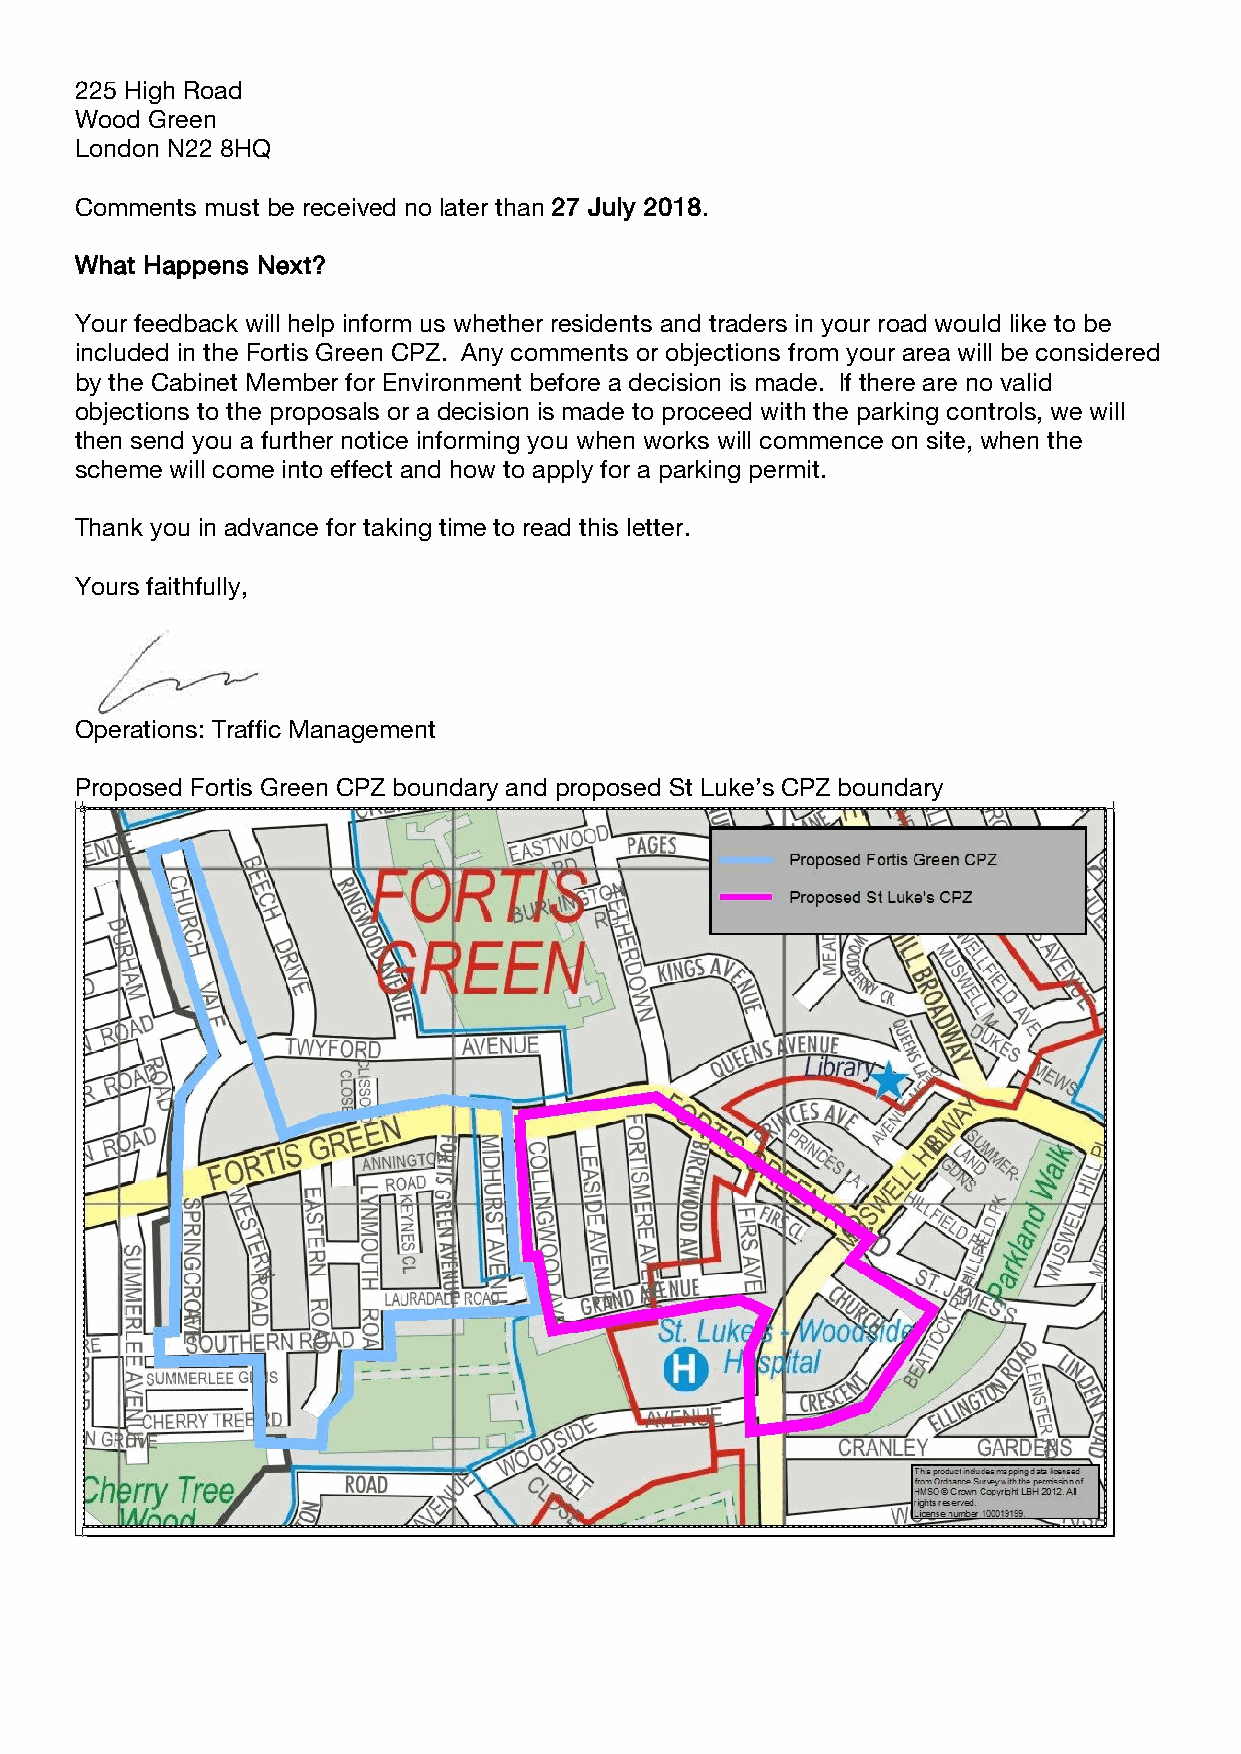
225 High Road
 Wood Green
 London N22 8HQ
 Comments must be received no later than 27 July 2018.
 What Happens Next?
 Your feedback will help inform us whether residents and traders in your road would like to be
 included in the Fortis Green CPZ. Any comments or objections from your area will be considered
 by the Cabinet Member for Environment before a decision is made. If there are no valid
 objections to the proposals or a decision is made to proceed with the parking controls, we will
 then send you a further notice informing you when works will commence on site, when the
 scheme will come into effect and how to apply for a parking permit.
 Thank you in advance for taking time to read this letter.
 Yours faithfully,
 Operations: Traffic Management
 Proposed Fortis Green CPZ boundary and proposed St Luke’s CPZ boundary